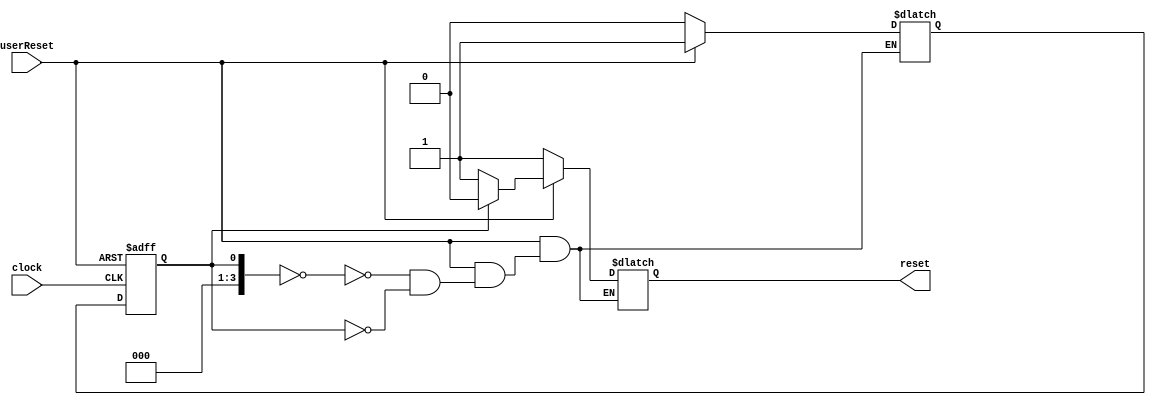
`timescale 1ns / 1ps
//////////////////////////////////////////////////////////////////////////////////
// Company: 
// Engineer: 
// 
// Design Name: 
// Module Name:    controller 
// Project Name: 
// Target Devices: 
// Tool versions: 
// Description: 
//
// Dependencies: 
//
// Revision: 
// Revision 0.01 - File Created
// Additional Comments: 
//
//////////////////////////////////////////////////////////////////////////////////
module ControllerUnit(clock,userReset,reset);

parameter statesBitwidth=4;

input clock;
input userReset;

output reg reset;

reg[statesBitwidth-1:0] currentState=0;
reg[statesBitwidth-1:0] nextState=0;

always@(currentState,userReset)begin

		if(userReset == 0)begin   // Reset
			nextState = 0;
			reset = 1;
		end
		else begin
			case(currentState)

				//Reset State
				0:begin
				  nextState = 1;
				  reset = 1;
				end
				
				1:begin
				  nextState = 1;
				  reset = 0;
				end

			endcase
		
		end

end

always@(negedge clock or negedge userReset)begin

	if(userReset == 0)begin
		currentState = 0;
	end
	else begin
		currentState = nextState;
	end

end

endmodule